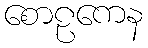
စောဠကေန